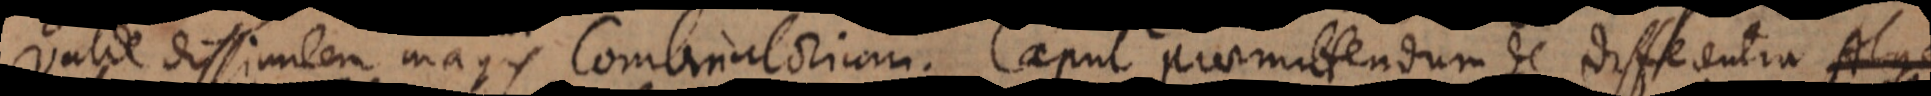
valde dissimilem magis Combinatorium. Caput praemittendum de differentia Alge